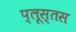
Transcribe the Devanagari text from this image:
प्लूस्तस